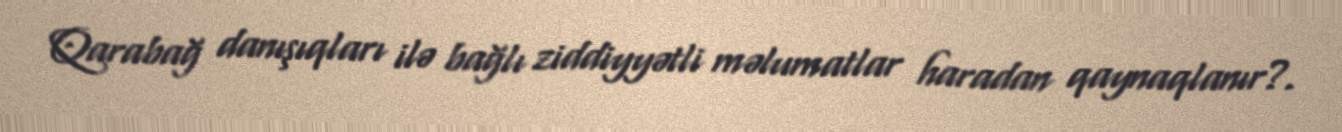
Qarabağ danışıqları ilə bağlı ziddiyyətli məlumatlar haradan qaynaqlanır?.